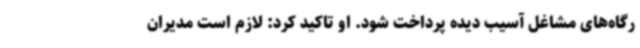
رگاه‌های مشاغل آسیب دیده پرداخت شود. او تاکید کرد: لازم است مدیران